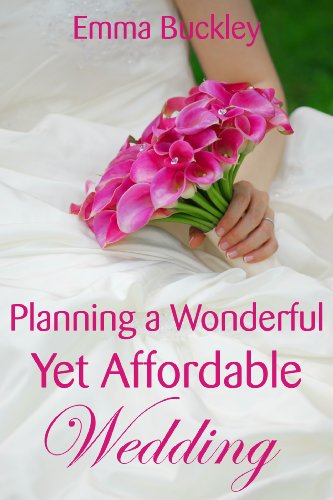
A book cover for Planning a Wonderful Yet Affordable Wedding; Emma Buckley; Crafts, Hobbies & Home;